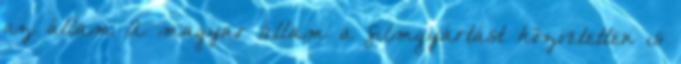
az állam A magyar állam a filmgyártást közvetetten is